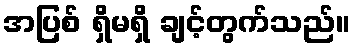
အပြစ် ရှိမရှိ ချင့်တွက်သည်။